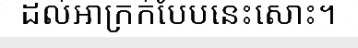
ដល់អាក្រក់បែបនេះសោះ។